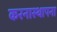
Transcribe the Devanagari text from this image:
करनास्थापना